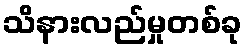
သိနားလည်မှုတစ်ခု